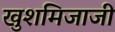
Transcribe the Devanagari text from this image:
खुशमिजाजी